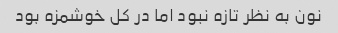
نون به نظر تازه نبود اما در‌ کل خوشمزه بود